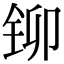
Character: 铆